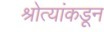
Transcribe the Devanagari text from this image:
श्रोत्यांकडून